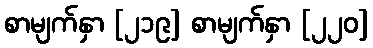
စာမျက်နှာ [၂၁၉] စာမျက်နှာ [၂၂၀]